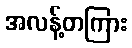
အလန့်တကြား